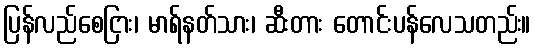
ပြန်လည်စေငြား၊ မာရ်နတ်သား၊ ဆီးတား တောင်းပန်လေသတည်း။